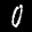
Label: 0